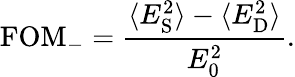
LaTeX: \mathrm{FOM}_{-}=\frac{\langle E_{\mathrm{S}}^{2}\rangle-\langle E_{\mathrm{D}}^{2}\rangle}{E_{0}^{2}}.